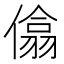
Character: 㒆